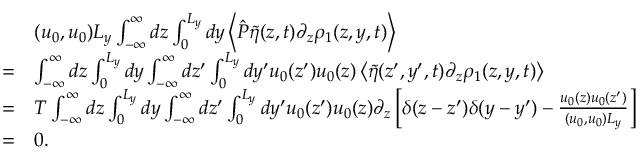
\begin{array} { r l } & { ( u _ { 0 } , u _ { 0 } ) L _ { y } \int _ { - \infty } ^ { \infty } d z \int _ { 0 } ^ { L _ { y } } d y \left\langle \hat { P } \tilde { \eta } ( z , t ) \partial _ { z } \rho _ { 1 } ( z , y , t ) \right\rangle } \\ { = } & { \int _ { - \infty } ^ { \infty } d z \int _ { 0 } ^ { L _ { y } } d y \int _ { - \infty } ^ { \infty } d z ^ { \prime } \int _ { 0 } ^ { L _ { y } } d y ^ { \prime } u _ { 0 } ( z ^ { \prime } ) u _ { 0 } ( z ) \left\langle \tilde { \eta } ( z ^ { \prime } , y ^ { \prime } , t ) \partial _ { z } \rho _ { 1 } ( z , y , t ) \right\rangle } \\ { = } & { T \int _ { - \infty } ^ { \infty } d z \int _ { 0 } ^ { L _ { y } } d y \int _ { - \infty } ^ { \infty } d z ^ { \prime } \int _ { 0 } ^ { L _ { y } } d y ^ { \prime } u _ { 0 } ( z ^ { \prime } ) u _ { 0 } ( z ) \partial _ { z } \left[ \delta ( z - z ^ { \prime } ) \delta ( y - y ^ { \prime } ) - \frac { u _ { 0 } ( z ) u _ { 0 } ( z ^ { \prime } ) } { ( u _ { 0 } , u _ { 0 } ) L _ { y } } \right] } \\ { = } & { 0 . } \end{array}